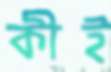
কীই